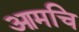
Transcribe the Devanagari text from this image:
आमचि